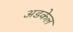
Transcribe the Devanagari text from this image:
अडकेल